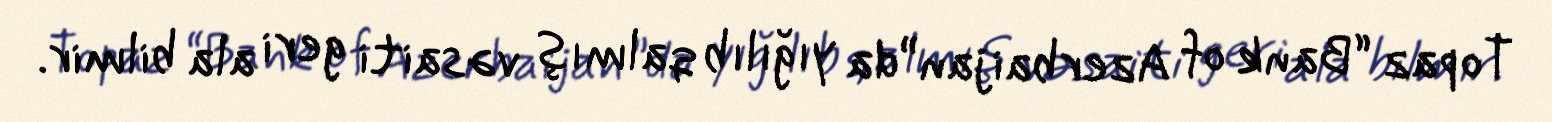
Topaz “Bank of Azerbaijan”da yığılıb qalmış vəsaiti geri ala bilmir.